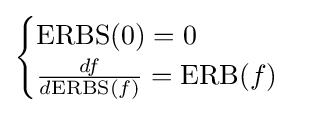
{\begin{cases}\mathrm {ERBS} (0)=0\\{\frac {df}{d\mathrm {ERBS} (f)}}=\mathrm {ERB} (f)\\\end{cases}}